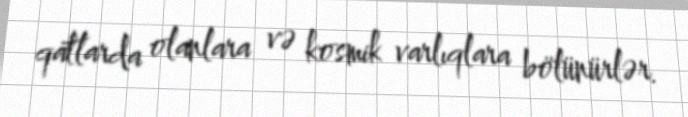
qatlarda olanlara və kosmik varlıqlara bölünürlər.